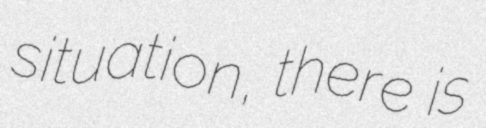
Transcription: situation, there is